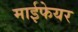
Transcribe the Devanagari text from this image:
माईफेयर